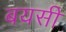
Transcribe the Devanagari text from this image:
बयसी